Report of the Municipal Commissioner on the plague in Bombay for the year ending 31st May... - Volume 2
Disease focus: Plague
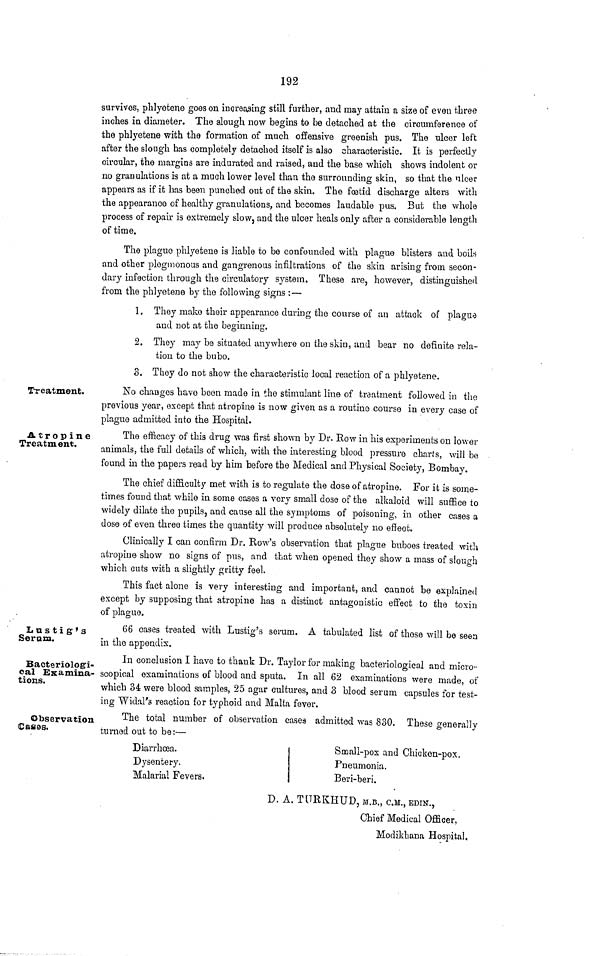
192
survives, phlyetene goes on increasing still further, and may attain a size of even three
inches in diameter. The slough now begins to be detached at the circumference of
the phlyetene with the formation of much offensive greenish pus. The ulcer left
after the slongh has completely detached itself is also characteristic. It is perfectly
circular, the margins are indurated and raised, and the base which shows indolent or
no granulations is at a much lower level than the surrounding skin, so that the nicer
appears as if it has been punched out of the skin. The foetid discharge alters with
the appearance of healthy granulations, and becomes laudable pus. But the whole
process of repair is extremely slow, and the ulcer heals only after a considerable length
of time.
The plague phlyetene is liable to be confounded with plague blisters and boils
and other plogmonous and gangrenous infiltrations of the skin arising from secon-
dary infection through the circulatory system. These are, however, distinguished
from the phlyetene by the following signs :—
1. They make their appearance during the course of an attack of plague
and not at the beginning.
2. They may be situated anywhere on the skin, and bear no definite rela-
tion to the bubo.
3. They do not show the characteristic local reaction of a phlyetene.
Treatment.
No changes have been made in the stimulant line of treatment followed in the
previous year, except that atropine is now given as a routine course in every case of
plague admitted into the Hospital.
Atropine
Treatment.
The efficacy of this drug was first shown by Dr. Row in his experiments on lower
animals, the full details of which, with the interesting blood pressure charts, will be
found in the papers read by him before the Medical and Physical Society, Bombay.
The chief difficulty met with is to regulate the dose of atropine. For it is some-
times found that while in some cases a very small dose of the alkaloid will suffice to
widely dilate the pupils, and cause all the symptoms of poisoning, in other cases a
dose of even three times the quantity will produce absolutely no effect.
Clinically I can confirm Dr. Bow's observation that plague buboes treated with
atropine show no signs of pus, and that when opened they show a mass of slouch
which cuts with a slightly gritty feel.
This fact alone is very interesting and important, and cannot be explained
except by supposing that atropine has a distinct antagonistic effect to the toxin
of plague.
It n s t i g' s
Sernm.
66 cases treated with Lustig's serum. A tabulated list of those will be seen
in the appendix.
Bacteriologi-
cal Examina-
tions.
In conclusion I have to thank Dr. Taylor for making bacteriological and micro-
scopical examinations of blood and sputa. In all 62 examinations were made, of
which 34 were blood samples, 25 agar cultures, and 3 blood serum capsules for test-
ing Widal's reaction for typhoid and Malta fever.
Observation
(Cases.
The total number of observation cases admitted was 830. These generally
turned out to be:—
Diarrhosa.
Dysentery.
Malarial Fevers.
;
Small-pox and Chicken-pox.
Pneumonia.
Beri-beri.
D. A. TITRKHUD, M.B., C.M., EDIN.,
Chief Medical Officer,
Modikhana Hospital.